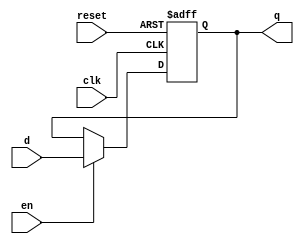
`timescale 1ns / 1ps
//////////////////////////////////////////////////////////////////////////////////
// Company: 
// Engineer: 
// 
// Design Name: 
// Module Name:    d_ff_syn_en_reset 
// Project Name: 
// Target Devices: 
// Tool versions: 
// Description: 
//
// Dependencies: 
//
// Revision: 
// Revision 0.01 - File Created
// Additional Comments: 
//
//////////////////////////////////////////////////////////////////////////////////
  module d_ff_syn_en_reset
  (
    input wire clk, reset ,
    input wire en ,
    input wire d ,
    output reg q
  );
  // body
  always @(posedge clk, posedge reset )
   if ( reset )
     q <= 1'b0;
   else if (en)
     q <= d ;
  endmodule